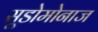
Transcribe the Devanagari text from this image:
सूडोमोनाज